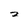
Character: 2